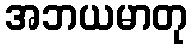
အဘယမာတု